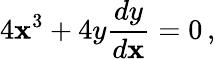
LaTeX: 4\mathbf{x}^{3}+4y{\frac{{dy}}{{d\mathbf{x}}}}=0\, ,